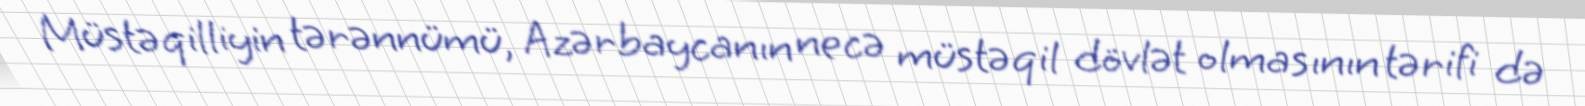
Müstəqilliyin tərənnümü, Azərbaycanın necə müstəqil dövlət olmasının tərifi də